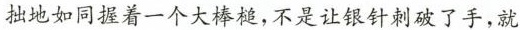
拙地如同握着一个大棒槌，不是让银针刺破了手，就